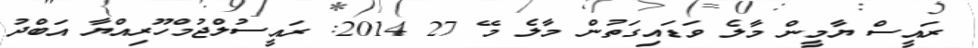
ރައީސް ޔާމީން މާލެ ވަޑައިގަތުން މާލެ މޭ 27 2014: ރައީސުލްޖުމްހޫރިއްޔާ އަބްދު